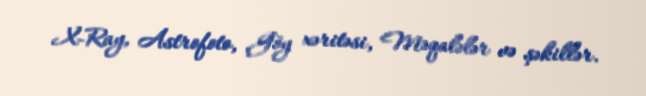
X-Ray, Astrofoto, Göy xəritəsi, Məqalələr və şəkillər.